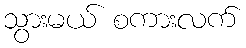
သွားမယ် စကားလက်